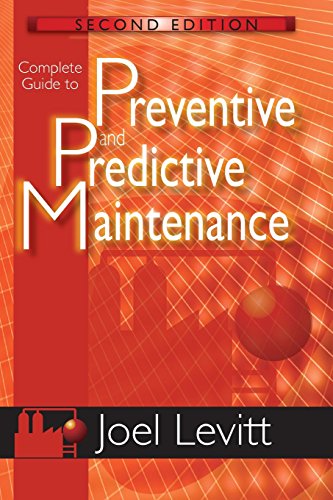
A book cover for Complete Guide to Predictive and Preventive Maintenance; Joel Levitt; Medical Books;